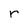
Character: r